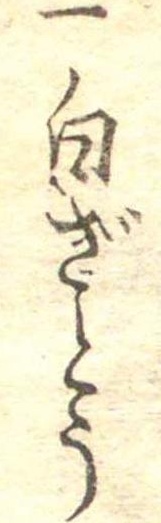
一白ざとう